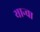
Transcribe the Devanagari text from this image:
यान्चा